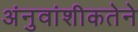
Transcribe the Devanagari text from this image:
अंनुवांशीकतेने